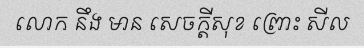
លោក នឹង មាន សេចក្តីសុខ ព្រោះ សីល